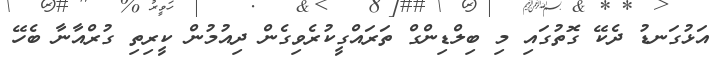
އަޅުގަނޑު ދެކޭ ގޮތުގައި މި ބިލްޑިންގް ތަރައްގީކުރެވިގެން ދިއުމުން ކީރިތި ގުރްއާނާ ބެހޭ